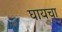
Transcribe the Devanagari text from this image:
घायचा